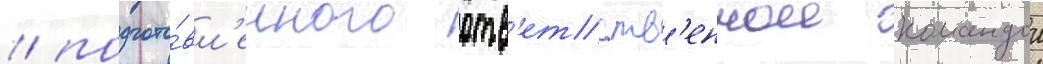
/ подгото́вл'енного отв'етств'еннои командои